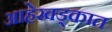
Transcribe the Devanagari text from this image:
आहेखड्कात